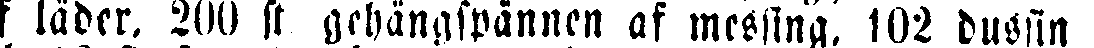
af läder, 200 st gehängspännen af messing, 102 dussin